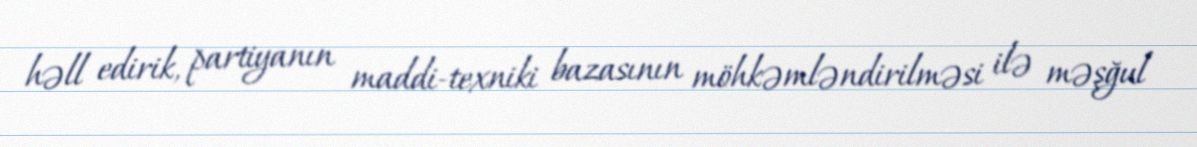
həll edirik, partiyanın maddi-texniki bazasının möhkəmləndirilməsi ilə məşğul